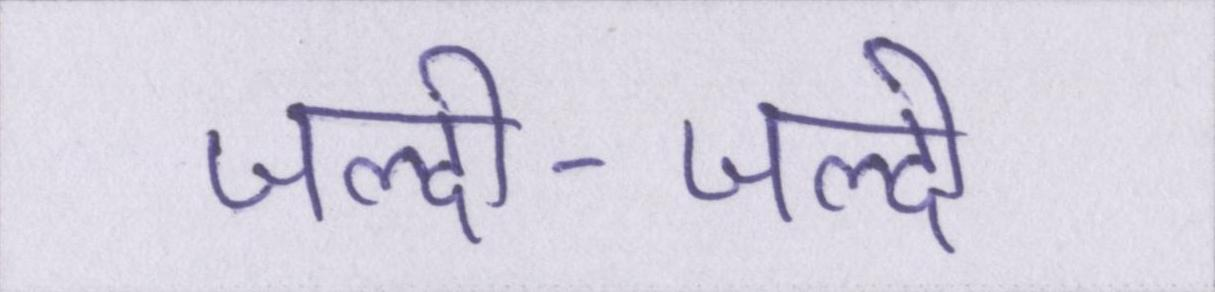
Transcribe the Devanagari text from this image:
जल्दी-जल्दी